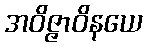
အဝိဇ္ဇာဝိနယေ